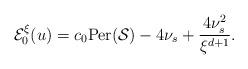
LaTeX: \begin{align*}\mathcal{E}_0^\xi(u)=c_0{\rm Per}(\mathcal{S})-4\nu_s+\frac{4\nu_s^2}{\xi^{d+1}}.\end{align*}